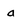
Character: a